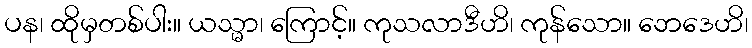
ပန၊ ထိုမှတစ်ပါး။ ယသ္မာ၊ ကြောင့်။ ကုသလာဒီဟိ၊ ကုန်သော။ ဘေဒေဟိ၊